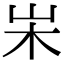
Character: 𡵬